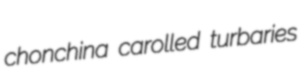
chonchina carolled turbaries